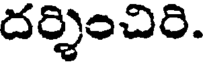
దర్శించిరి.